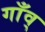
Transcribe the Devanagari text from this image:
गाँव्